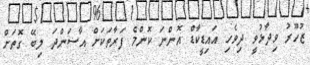
ޒުހޫރު ވިދާޅުވީ ދިވެހި އައިޑީކާޑް އޮންނަ ކޮންމެ ފަރާތަކަށް އާސަންދަ ލިބޭ ގޮތަށް